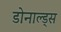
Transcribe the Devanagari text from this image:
डोनाल्ड्स